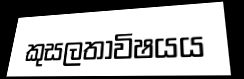
කුසලතාවිෂයය